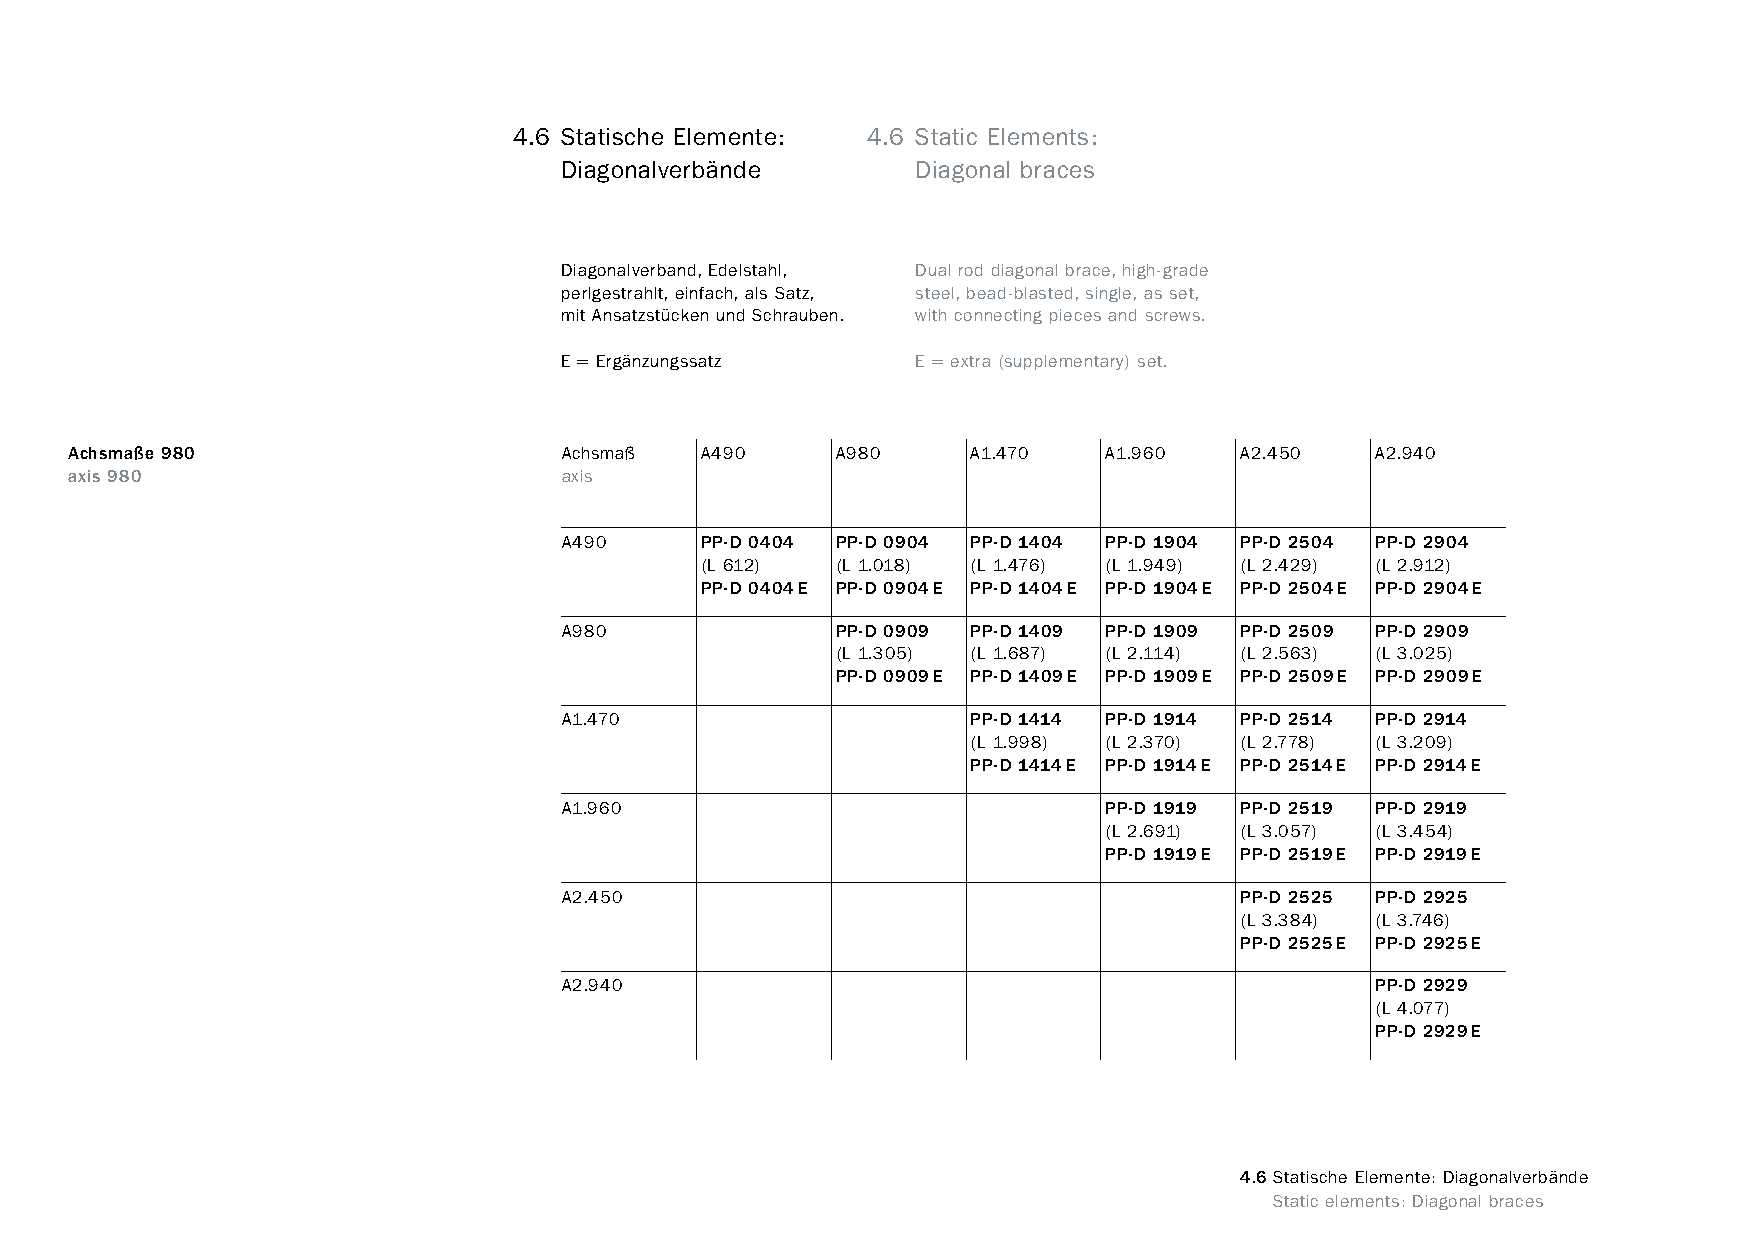
constructivpila petite        4.6 Statische Elemente: 4.6 Static Elements:
 Diagonalverbände        Diagonal braces
 Diagonalverband, Edelstahl, Dual rod diagonal brace, high-grade
 perlgestrahlt, einfach, als Satz, steel, bead-blasted, single, as set,
 mit Ansatzstücken und Schrauben. with connecting pieces and screws.
 E = Ergänzungssatz      E = extra (supplementary) set.
 Achsmaße 980                     Achsmaß  A490     A980     A1.470   A1.960   A2.450   A2.940
 axis 980                         axis
 A490     PP-D 0404 PP-D 0904 PP-D 1404 PP-D 1904 PP-D 2504 PP-D 2904
 (L 612)  (L 1.018) (L 1.476) (L 1.949) (L 2.429) (L 2.912)
 PP-D 0404E PP-D 0904E PP-D 1404E PP-D 1904E PP-D 2504E PP-D 2904E
 A980              PP-D 0909 PP-D 1409 PP-D 1909 PP-D 2509 PP-D 2909
 (L 1.305) (L 1.687) (L 2.114) (L 2.563) (L 3.025)
 PP-D 0909E PP-D 1409E PP-D 1909E PP-D 2509E PP-D 2909E
 A1.470                     PP-D 1414 PP-D 1914 PP-D 2514 PP-D 2914
 (L 1.998) (L 2.370) (L 2.778) (L 3.209)
 PP-D 1414E PP-D 1914E PP-D 2514E PP-D 2914E
 A1.960                              PP-D 1919 PP-D 2519 PP-D 2919
 (L 2.691) (L 3.057) (L 3.454)
 PP-D 1919E PP-D 2519E PP-D 2919E
 A2.450                                       PP-D 2525 PP-D 2925
 (L 3.384) (L 3.746)
 PP-D 2525E PP-D 2925E
 A2.940                                                PP-D 2929
 (L 4.077)
 PP-D 2929E
 4.6Statische Elemente: Diagonalverbände
 www.burkhardtleitner.de                                                         Static elements: Diagonal braces